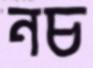
নচ